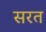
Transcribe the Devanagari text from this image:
सरत